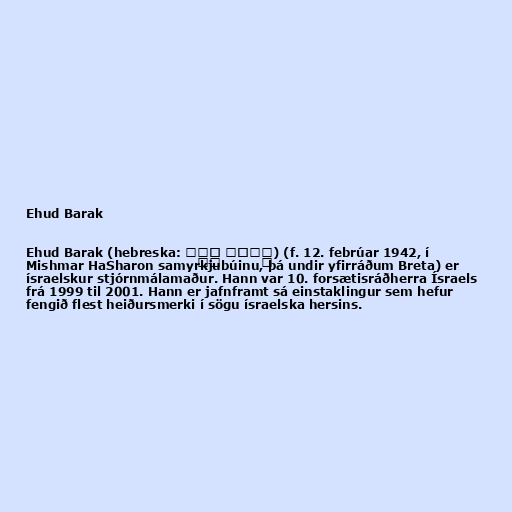
Ehud Barak

Ehud Barak (hebreska: אֵהוּד בָּרָק) (f. 12. febrúar 1942, í
Mishmar HaSharon samyrkjubúinu, þá undir yfirráðum Breta) er
ísraelskur stjórnmálamaður. Hann var 10. forsætisráðherra Ísraels
frá 1999 til 2001. Hann er jafnframt sá einstaklingur sem hefur
fengið flest heiðursmerki í sögu ísraelska hersins.